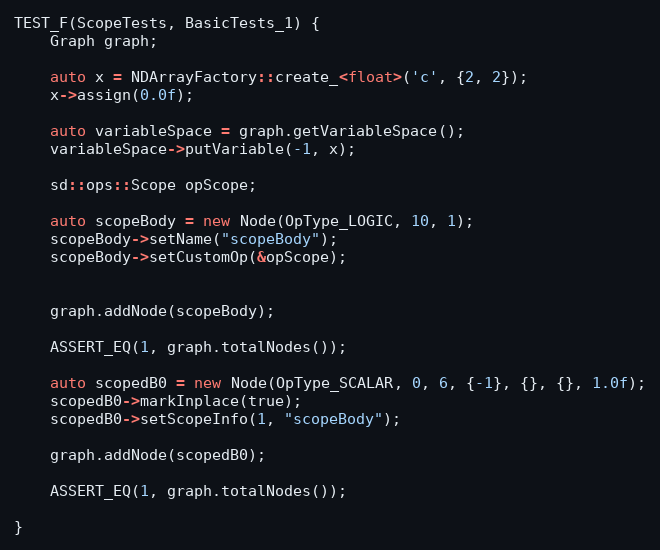
Language: C++
TEST_F(ScopeTests, BasicTests_1) {
    Graph graph;

    auto x = NDArrayFactory::create_<float>('c', {2, 2});
    x->assign(0.0f);

    auto variableSpace = graph.getVariableSpace();
    variableSpace->putVariable(-1, x);

    sd::ops::Scope opScope;

    auto scopeBody = new Node(OpType_LOGIC, 10, 1);
    scopeBody->setName("scopeBody");
    scopeBody->setCustomOp(&opScope);

    graph.addNode(scopeBody);

    ASSERT_EQ(1, graph.totalNodes());

    auto scopedB0 = new Node(OpType_SCALAR, 0, 6, {-1}, {}, {}, 1.0f);
    scopedB0->markInplace(true);
    scopedB0->setScopeInfo(1, "scopeBody");

    graph.addNode(scopedB0);

    ASSERT_EQ(1, graph.totalNodes());

}